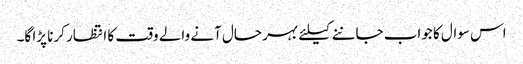
اس سوال کا جواب جاننے کیلئے بہر حال آنے والے وقت کا انتظار کرنا پڑا گا۔